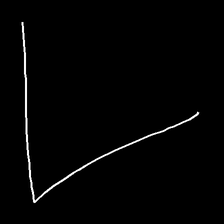
Glyph: region